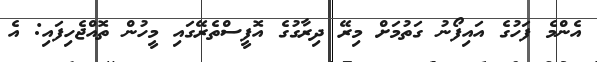
އެންމެ ފަހުގެ އައިފޯނު ގަތުމަށް މިރޭ ދިރާގުގެ އޮފީސްތެރޭގައި މީހުން ތޮއްޖެހިފައި: އެ